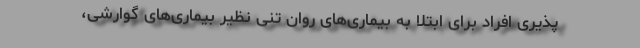
پذیری افراد برای ابتلا به بیماری‌های روان تنی نظیر بیماری‌های گوارشی،